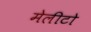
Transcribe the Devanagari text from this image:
मेलीटो